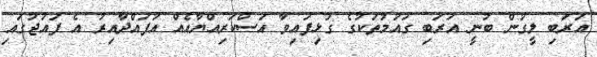
އަރަބި ލީގުން ބުނީ އަރަބި ގައުމުތަކުގެ ގުޅިފައިވާ އަސްކަރިއްޔާއެއް އުފައްދާއިރު އެ ފައުޖުގައި